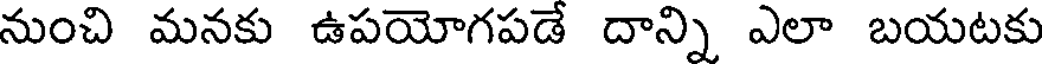
నుంచి మనకు ఉపయోగపడే దాన్ని ఎలా బయటకు